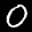
Label: 0